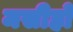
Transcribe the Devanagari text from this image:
मसीहों